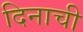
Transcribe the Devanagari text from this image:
दिनाची